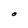
Character: O